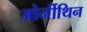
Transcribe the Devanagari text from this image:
ओर्नीथिन